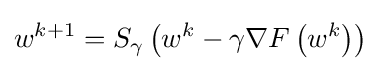
w^{k+1}=S_{\gamma }\left(w^{k}-\gamma \nabla F\left(w^{k}\right)\right)